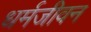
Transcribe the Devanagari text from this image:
धर्मजीवन